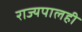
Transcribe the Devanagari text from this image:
राज्यपालही